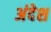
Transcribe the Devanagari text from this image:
अंदेश